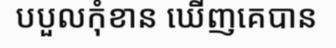
បបួលកុំខាន ឃើញគេបាន